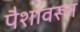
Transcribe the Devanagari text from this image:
पैशावरून